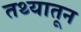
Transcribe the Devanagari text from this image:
तथ्यातून